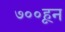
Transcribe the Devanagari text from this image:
७००हून